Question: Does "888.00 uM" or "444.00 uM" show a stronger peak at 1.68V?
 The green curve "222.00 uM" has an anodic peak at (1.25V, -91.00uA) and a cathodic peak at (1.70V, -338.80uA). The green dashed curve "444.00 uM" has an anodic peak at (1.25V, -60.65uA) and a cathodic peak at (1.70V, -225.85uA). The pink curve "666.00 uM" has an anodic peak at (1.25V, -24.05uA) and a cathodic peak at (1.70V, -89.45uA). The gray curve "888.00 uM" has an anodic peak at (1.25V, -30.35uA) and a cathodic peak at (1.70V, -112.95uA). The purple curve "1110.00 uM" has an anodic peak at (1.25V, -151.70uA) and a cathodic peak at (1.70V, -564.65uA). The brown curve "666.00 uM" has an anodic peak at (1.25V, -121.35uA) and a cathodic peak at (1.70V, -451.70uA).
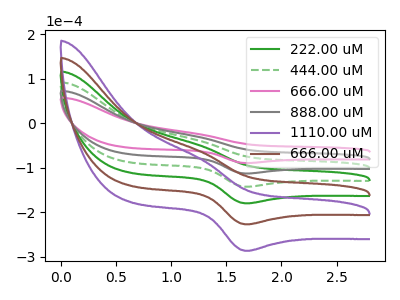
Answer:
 <answer>The peak at 1.68V is lower in "888.00 uM" than in "444.00 uM".</answer>
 <eval>lower</eval>